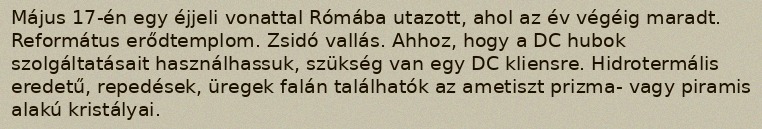
Május 17-én egy éjjeli vonattal Rómába utazott, ahol az év végéig maradt. Református erődtemplom. Zsidó vallás. Ahhoz, hogy a DC hubok szolgáltatásait használhassuk, szükség van egy DC kliensre. Hidrotermális eredetű, repedések, üregek falán találhatók az ametiszt prizma- vagy piramis alakú kristályai.